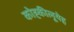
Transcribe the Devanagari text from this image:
कोह्कीलूयेह